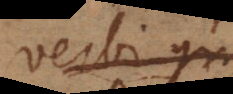
verbi gratia